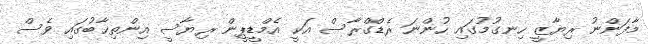
މާފަންނު ރިޔާޒީ ހިނގުމުގައި ހުންނަ ރެޑްގްރާސް އަކީ އެމްޑީޕީން ރިޔާސީ އިންތިޚާބުގައި ވެސް